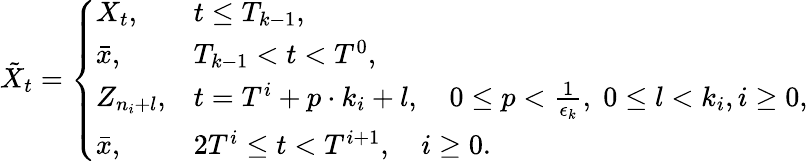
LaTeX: \tilde{X}_{t}=\left\{ \begin{array}{ll}{X_{t},}&{t\leq T_{k-1},}\\ {\bar{x},}&{T_{k-1}<t<T^{0},}\\ {Z_{n_{i}+l},}&{t=T^{i}+p\cdot k_{i}+l,\quad 0\leq p<\frac{1}{\epsilon_{k}},\; 0\leq l<k_{i},i\geq 0,}\\ {\bar{x},}&{2T^{i}\leq t<T^{i+1},\quad i\geq 0.}\end{array}\right.